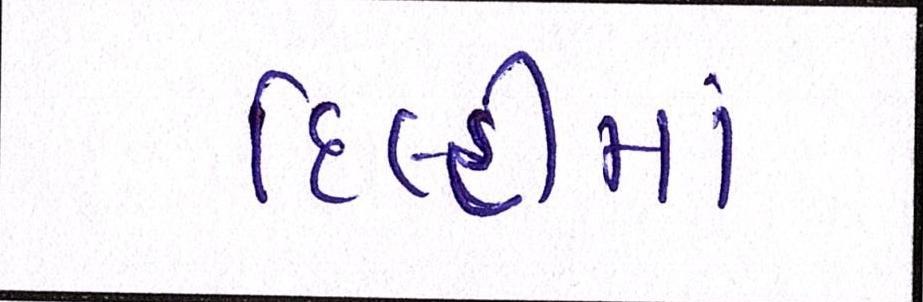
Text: દિલ્હીમાં